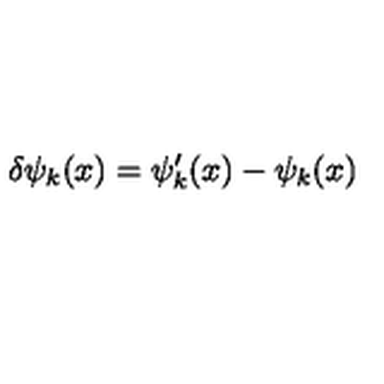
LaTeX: \delta \psi _ { k } ( x ) = \psi _ { k } ^ { \prime } ( x ) - \psi _ { k } ( x ) \,